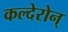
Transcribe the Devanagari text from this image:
कल्देरोन्